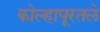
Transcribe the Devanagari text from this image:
कोल्हापूरतले